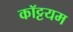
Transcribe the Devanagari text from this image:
कॉट्टयम